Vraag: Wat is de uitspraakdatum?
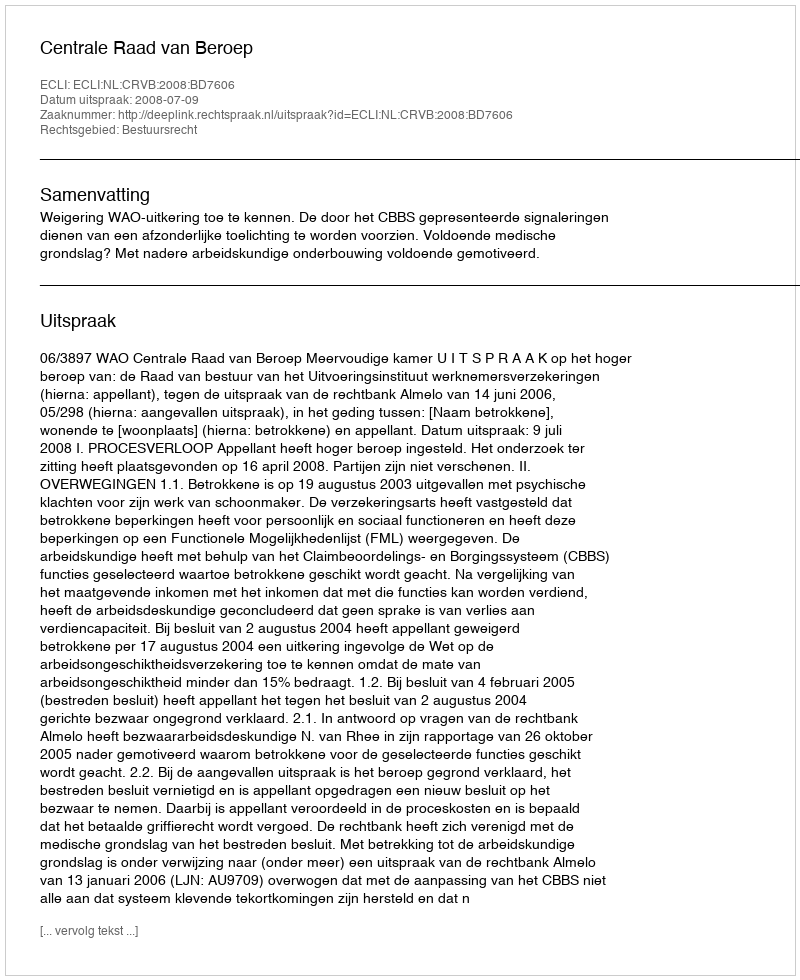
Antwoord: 2008-07-09